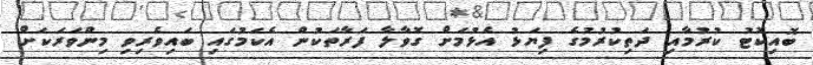
ބޮއިކޮޓު ކުރުމާއި ދަތިކުރުމުގެ ފިޔަަޅު އެޅުމަށް ގޮވާލާ ފަރާތަކުން އެކަމުގައި ބައިވެރިވި މިންވަރަކަށް